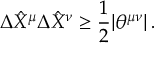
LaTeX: \Delta \hat { X } ^ { \mu } \Delta \hat { X } ^ { \nu } \geq { \frac { 1 } { 2 } } | \theta ^ { \mu \nu } | \, .